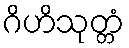
ဂိဟိသုတ္တံ